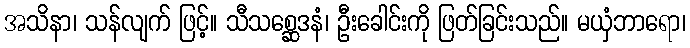
အသိနာ၊ သန်လျက် ဖြင့်။ သီသစ္ဆေဒနံ၊ ဦးခေါင်းကို ဖြတ်ခြင်းသည်။ မယှံဘာရော၊